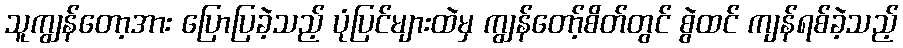
သူကျွန်တော့အား ပြောပြခဲ့သည့် ပုံပြင်များထဲမှ ကျွန်တော့်စိတ်တွင် စွဲထင် ကျန်ရစ်ခဲ့သည့်